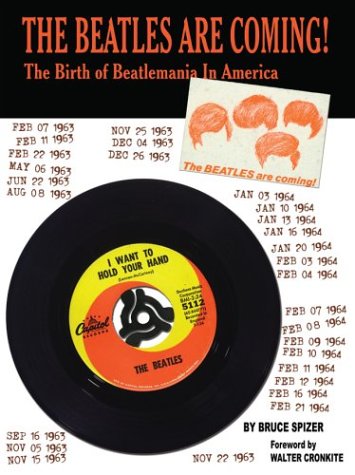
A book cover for The Beatles Are Coming!: The Birth of Beatlemania in America; Bruce Spizer; Humor & Entertainment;